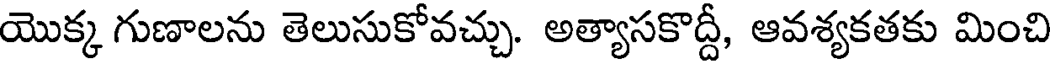
యొక్క గుణాలను తెలుసుకోవచ్చు. అత్యాసకొద్ది, ఆవశ్యకతకు మించి